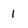
Character: 1